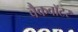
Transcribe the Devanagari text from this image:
बैकवॉटर